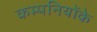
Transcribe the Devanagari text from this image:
कम्पनियोंके